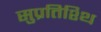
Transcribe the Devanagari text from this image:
सुप्रतिश्थि